Some observations on the poison of Russell's viper (Daboia russellii) - Number 3
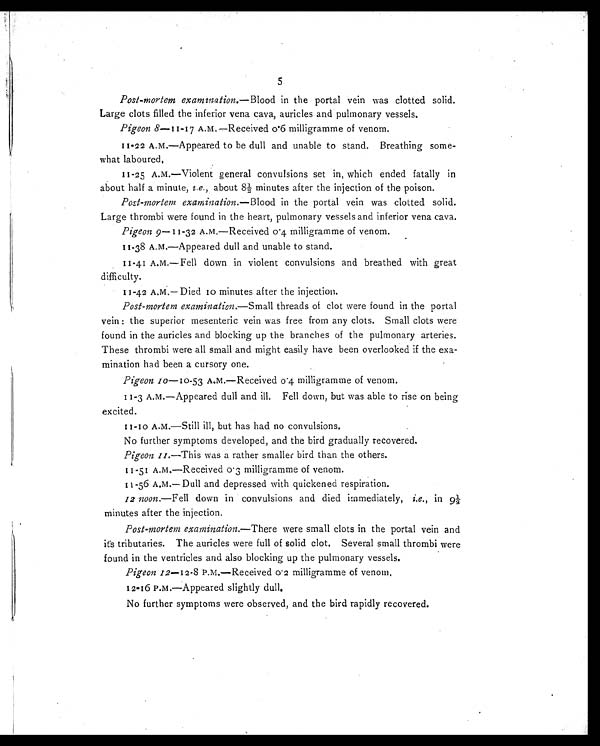
5
Post-mortem examination. —Blood in the portal vein was clotted solid.
Large clots filled the inferior vena cava, auricles and pulmonary vessels.
Pigeon 8—11-17 A.M.—Received 0. 6 milligramme of venom.
11-22 A.m.—Appeared to be dull and unable to stand. Breathing some-
what laboured.
11-25 A.m.—Violent general convulsions set in, which ended fatally in
about half a minute, i.e., about 8½ minutes after the injection of the poison.
Post-mortem examination.— Blood in the portal vein was clotted solid.
Large thrombi were found in the heart, pulmonary vessels and inferior vena cava.
Pigeon 9—11-32 A.M.—Received 0.4 milligramme of venom.
11-38 A.M.—Appeared dull and unable to stand.
11-41 A.m.—Fell down in violent convulsions and breathed with great
difficulty.
1 1-42 A.M.— Died 10 minutes after the injection.
Post-mortem examination.—Small threads of clot were found in the portal
vein : the superior mesenteric vein was free from any clots. Small clots were
found in the auricles and blocking up the branches of the pulmonary arteries.
These thrombi were all small and might easily have been overlooked if the exa-
mination had been a cursory one.
Pigeon 10—10-53 A.m.—Received 0.4 milligramrne of venom.
11-3 A.M.—Appeared dull and ill. Fell down, but was able to rise on being
excited.
11-10 A.M.—Still ill, but has had no convulsions.
No further symptoms developed, and the bird gradually recovered.
Pigeon 11.—This was a rather smaller bird than the others.
11-51 A.M.—Received 0.3 milligramme of venom.
11-56 A.M.— Dull and depressed with quickened respiration.
12 noon.— Fell down in convulsions and died immediately, i.e., in 9½
minutes after the injection.
Post-mortem examination.— There were small clots in the portal vein and
its tributaries. The auricles were full of solid clot. Several small thrombi were
found in the ventricles and also blocking up the pulmonary vessels.
Pigeon 12—12-8 p.m.—Received 0.2 milligramme of venom.
12-16 P.M.—Appeared slightly dull.
No further symptoms were observed, and the bird rapidly recovered.